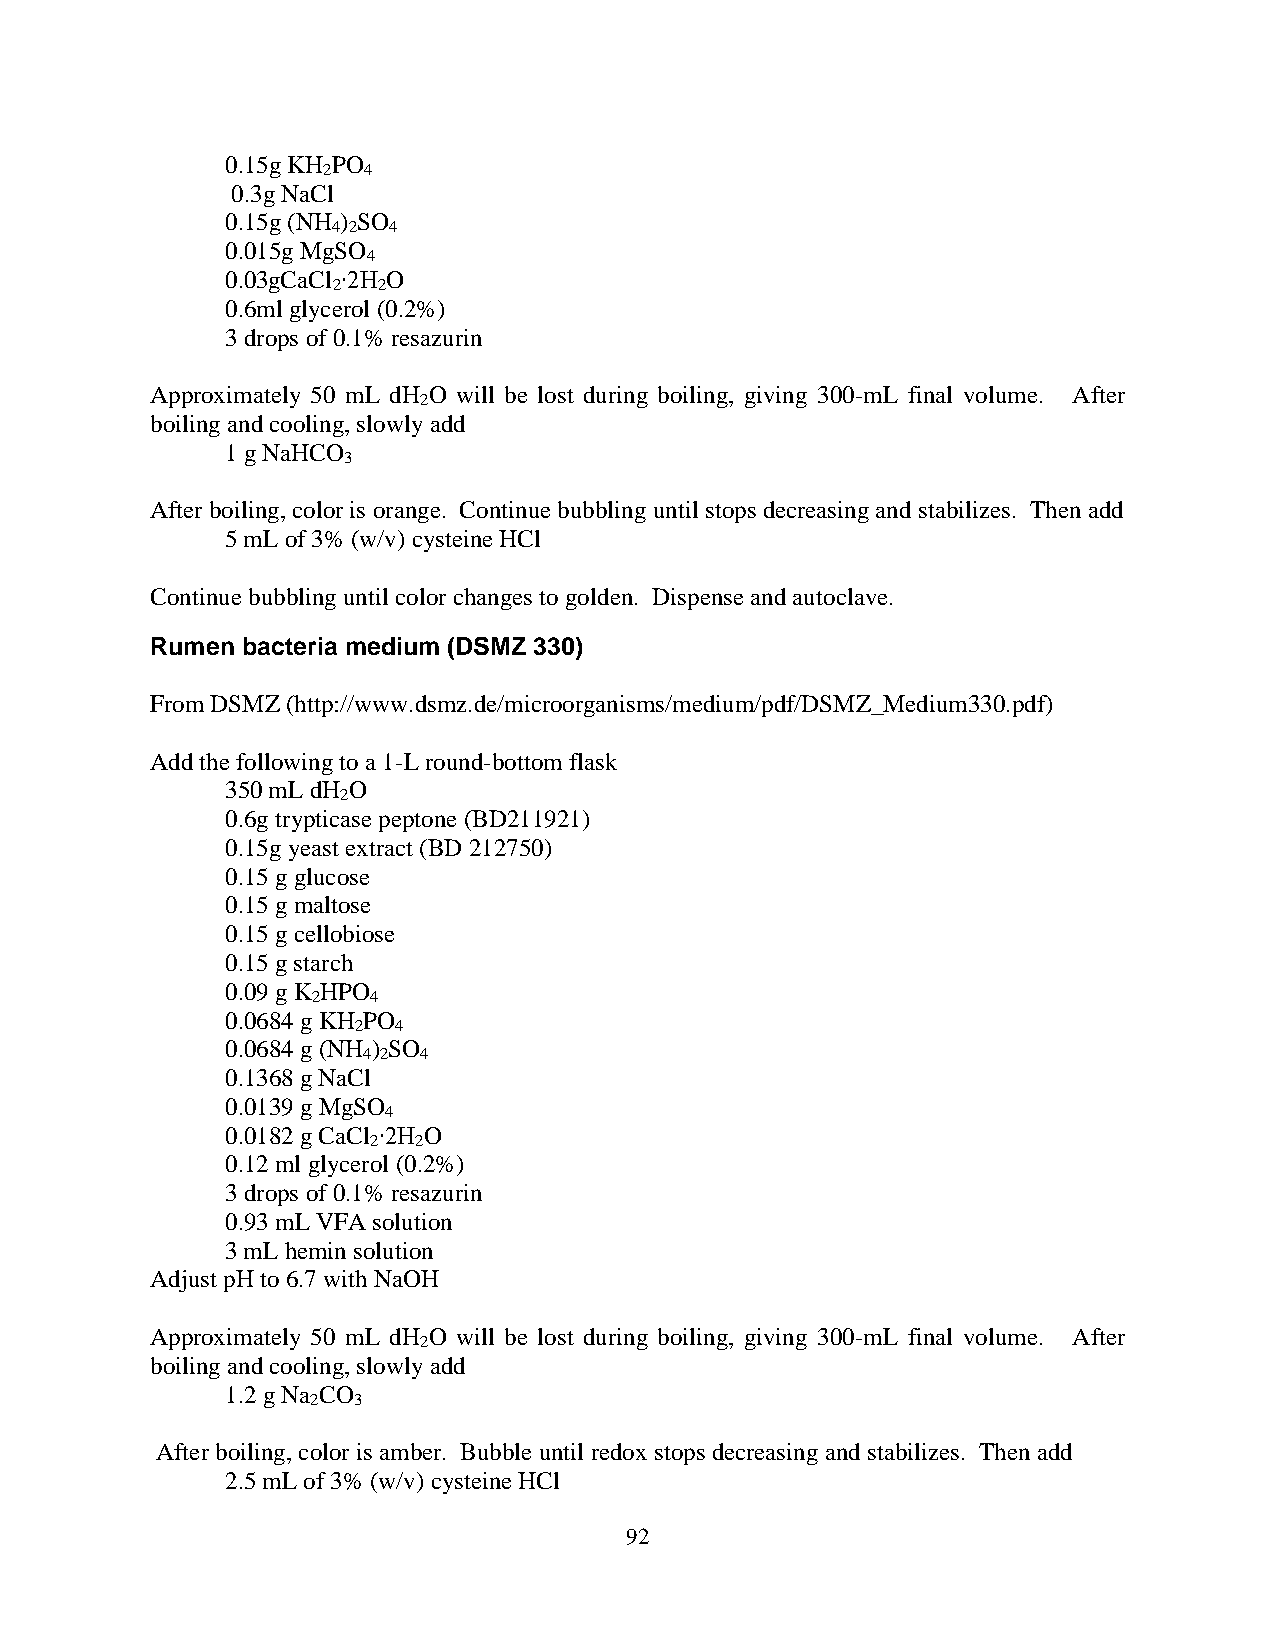
0.15g KH PO
 2  4
 0.3g NaCl
 0.15g (NH ) SO
 4 2 4
 0.015g MgSO
 4
 0.03gCaCl ∙2H O
 2  2
 0.6ml glycerol (0.2%)
 3 drops of 0.1% resazurin
 Approximately 50 mL dH O will be lost during boiling, giving 300-mL final volume. After
 2
 boiling and cooling, slowly add
 1 g NaHCO
 3
 After boiling, color is orange. Continue bubbling until stops decreasing and stabilizes. Then add
 5 mL of 3% (w/v) cysteine HCl
 Continue bubbling until color changes to golden. Dispense and autoclave.
 Rumen bacteria medium (DSMZ 330)
 From DSMZ (http://www.dsmz.de/microorganisms/medium/pdf/DSMZ_Medium330.pdf)
 Add the following to a 1-L round-bottom flask
 350 mL dH O
 2
 0.6g trypticase peptone (BD211921)
 0.15g yeast extract (BD 212750)
 0.15 g glucose
 0.15 g maltose
 0.15 g cellobiose
 0.15 g starch
 0.09 g K HPO
 2  4
 0.0684 g KH PO
 2  4
 0.0684 g (NH ) SO
 4 2 4
 0.1368 g NaCl
 0.0139 g MgSO
 4
 0.0182 g CaCl ∙2H O
 2  2
 0.12 ml glycerol (0.2%)
 3 drops of 0.1% resazurin
 0.93 mL VFA solution
 3 mL hemin solution
 Adjust pH to 6.7 with NaOH
 Approximately 50 mL dH O will be lost during boiling, giving 300-mL final volume. After
 2
 boiling and cooling, slowly add
 1.2 g Na CO
 2 3
 After boiling, color is amber. Bubble until redox stops decreasing and stabilizes. Then add
 2.5 mL of 3% (w/v) cysteine HCl
 92